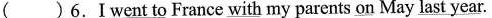
( ) 6. I went to France \underline{with} my parents \underline{on} May \underline{last year}.